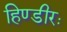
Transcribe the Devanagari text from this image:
हिण्डीरः